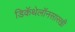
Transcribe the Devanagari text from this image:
डिकॅथेलॉनसारखी